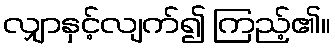
လျှာနှင့်လျက်၍ ကြည့်၏။